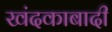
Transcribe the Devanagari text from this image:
खंदकाबादी